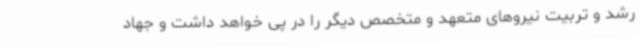
رشد و تربیت نیروهای متعهد و متخصص دیگر را در پی خواهد داشت و جهاد